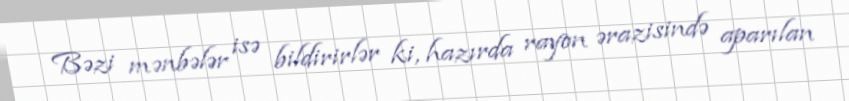
Bəzi mənbələr isə bildirirlər ki, hazırda rayon ərazisində aparılan